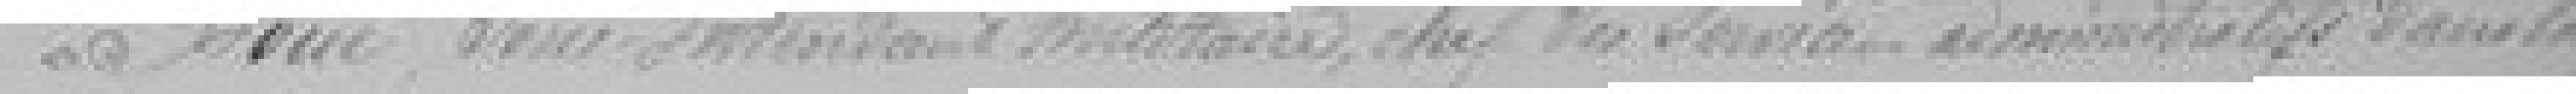
Boué, Sous-Intendant militaire, chef du service administratif dans la